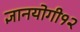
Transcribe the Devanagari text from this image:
ज्ञानयोगी१२